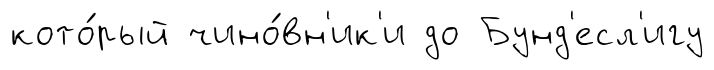
кото́рый чино́вн'ик'и до Бунд'есл'игу